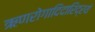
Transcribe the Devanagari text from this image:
ऋणरोगादिदारिद्रयं